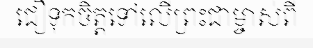
ជឿទុកចិត្តទៅលើព្រះជាម្ចាស់ពី